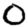
Digit: 0